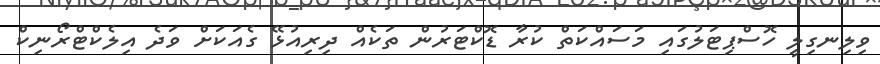
ވިލިނގިލީ ހޮސްޕިޓަލުގައި މަސައްކަތް ކުރާ ޑޮކްޓަރުން ތަކެއް ދިރިއުޅޭ ގެއަކަށް ވަދެ އިލެކްޓްރޯނިކް